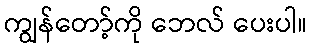
ကျွန်တော့်ကို ဘေလ် ပေးပါ။